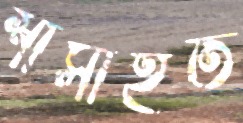
শাসাইত